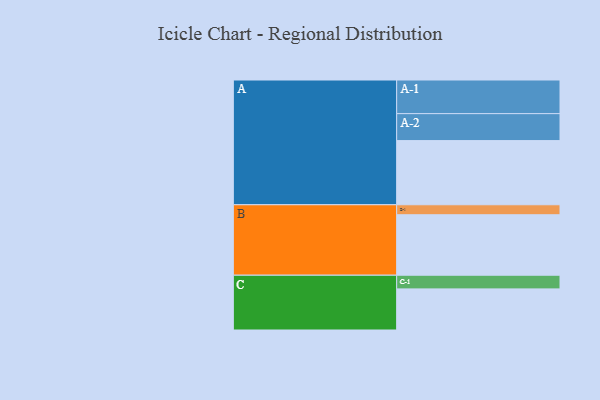
{"axis": {"x": "Segment", "y": "Value"}, "legend": ["", "A", "B", "C"], "data": [{"x": "A", "y": 540, "type": ""}, {"x": "B", "y": 509, "type": ""}, {"x": "C", "y": 346, "type": ""}, {"x": "A-1", "y": 283, "type": "A"}, {"x": "A-2", "y": 227, "type": "A"}, {"x": "B-1", "y": 84, "type": "B"}, {"x": "C-1", "y": 115, "type": "C"}]}